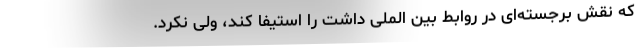
که نقش برجسته‌ای در روابط بین الملی داشت را استیفا کند، ولی نکرد.